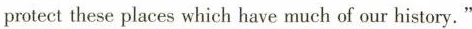
protect these places which have much of our history."